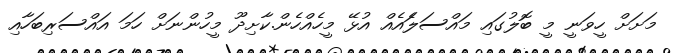
މަށަށް ހީވަނީ މީ ބޮލުގައި މައްސަލަެއެއް އުޅޭ މީހެއްހެން.ކާށިދޫ މީހުންނަށް ހަމަ އައްސަރިބަހާއި